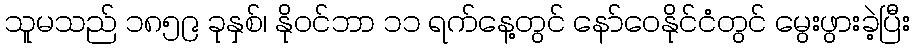
သူမသည် ၁၈၅၉ ခုနှစ်၊ နိုဝင်ဘာ ၁၁ ရက်နေ့တွင် နော်ဝေနိုင်ငံတွင် မွေးဖွားခဲ့ပြီး